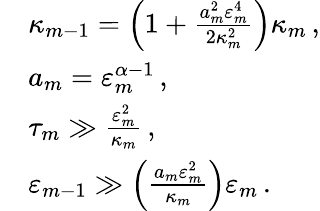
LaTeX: \begin{array}{rl}&{\kappa_{m-1}=\Bigl(1+\frac{a_{m}^{2}\varepsilon_{m}^{4}}{2\kappa_{m}^{2}}\Bigr)\kappa_{m}\, ,}\\ &{a_{m}=\varepsilon_{m}^{\alpha-1}\, ,}\\ &{\tau_{m}\gg\frac{\varepsilon_{m}^{2}}{\kappa_{m}}\, ,}\\ &{\varepsilon_{m-1}\gg\Bigl(\frac{a_{m}\varepsilon_{m}^{2}}{\kappa_{m}}\Bigr)\varepsilon_{m}\, .}\end{array}